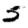
Digit: 5